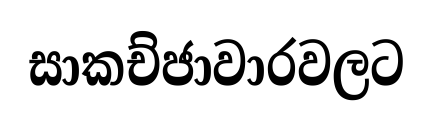
සාකච්ජාවාරවලට